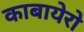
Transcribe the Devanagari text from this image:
काबायेरो